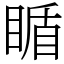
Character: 瞃